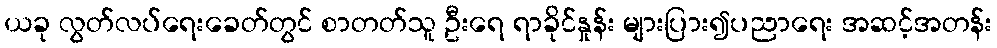
ယခု လွတ်လပ်ရေးခေတ်တွင် စာတတ်သူ ဦးရေ ရာခိုင်နှုန်း များပြား၍ပညာရေး အဆင့်အတန်း